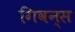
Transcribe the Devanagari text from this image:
गिवन्स